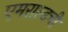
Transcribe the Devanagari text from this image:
एमराल्डची